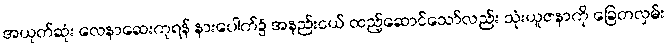
အယုတ်ဆုံး လေနာဆေးကုရန် နားပေါက်၌ အနည်းငယ် ထည့်ဆောင်သော်လည်း သုံးယူဇနာကို ခြေတလှမ်း